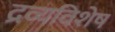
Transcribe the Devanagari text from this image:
द्रव्यविशेष